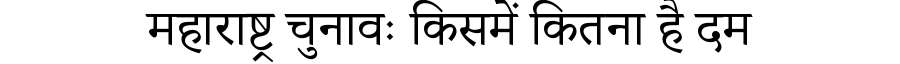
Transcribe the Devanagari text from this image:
महाराष्ट्र चुनावः किसमें कितना है दम